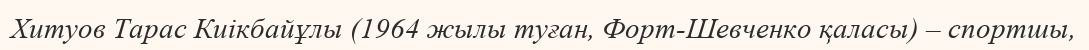
Хитуов Тарас Киікбайұлы (1964 жылы туған, Форт-Шевченко қаласы) – спортшы,